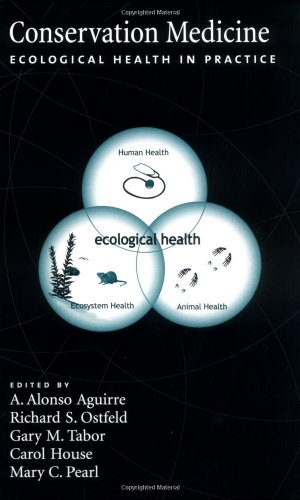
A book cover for Conservation Medicine: Ecological Health in Practice; A. Alonso Aguirre; Medical Books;